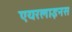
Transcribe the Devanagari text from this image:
एयरलाइनस